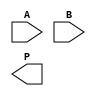
module wallace_tree_multiplier #(parameter N = 8, M = 8)(
    input [N-1:0] A, // N-bit multiplicand
    input [M-1:0] B, // M-bit multiplier
    output [N+M-1:0] P // Output product (N+M bits)
);

    // Generate Partial Products
    wire [N-1:0] pp [0:M-1]; // Partial Products
    genvar i;
    generate
        for (i = 0; i < M; i = i + 1) begin : gen_partial_products
            assign pp[i] = A & {N{B[i]}}; // AND each bit of B with A
        end
    endgenerate

    // Reduction Stage using Wallace Tree
    wire [N+M-1:0] sum [0:N+M-1];
    wire [N+M-1:0] carry [0:N+M-1];
    wire [N+M-1:0] final_sum;
    wire [N+M-1:0] final_carry;

    // Level 1: Combine partial products using half adders and full adders
    genvar j;
    generate
        for (j = 0; j < N + M - 1; j = j + 1) begin : reduction
            if (j == 0) begin
                assign sum[j] = pp[0][j];
                assign carry[j] = 1'b0; // no carry from previous
            end else if (j < N) begin
                assign {carry[j], sum[j]} = pp[0][j] + pp[1][j] + carry[j-1];
            end else if (j < M) begin
                assign {carry[j], sum[j]} = pp[0][j] + pp[1][j] + pp[2][j-N] + carry[j-1];
            end else begin
                assign {carry[j], sum[j]} = pp[0][j] + pp[1][j] + pp[2][j-N] + carry[j-1];
            end
        end
    endgenerate

    // Final Stage: Sum the last few bits
    assign final_sum = sum[N + M - 2] + carry[N + M - 2];

    // Assign final product
    assign P = final_sum;

endmodule